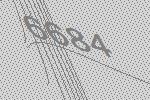
6684